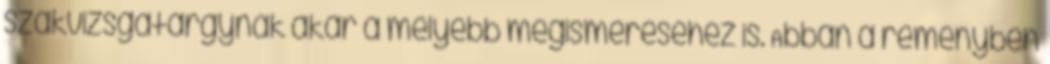
szakvizsgatárgynak akár a mélyebb megismeréséhez is. Abban a reményben